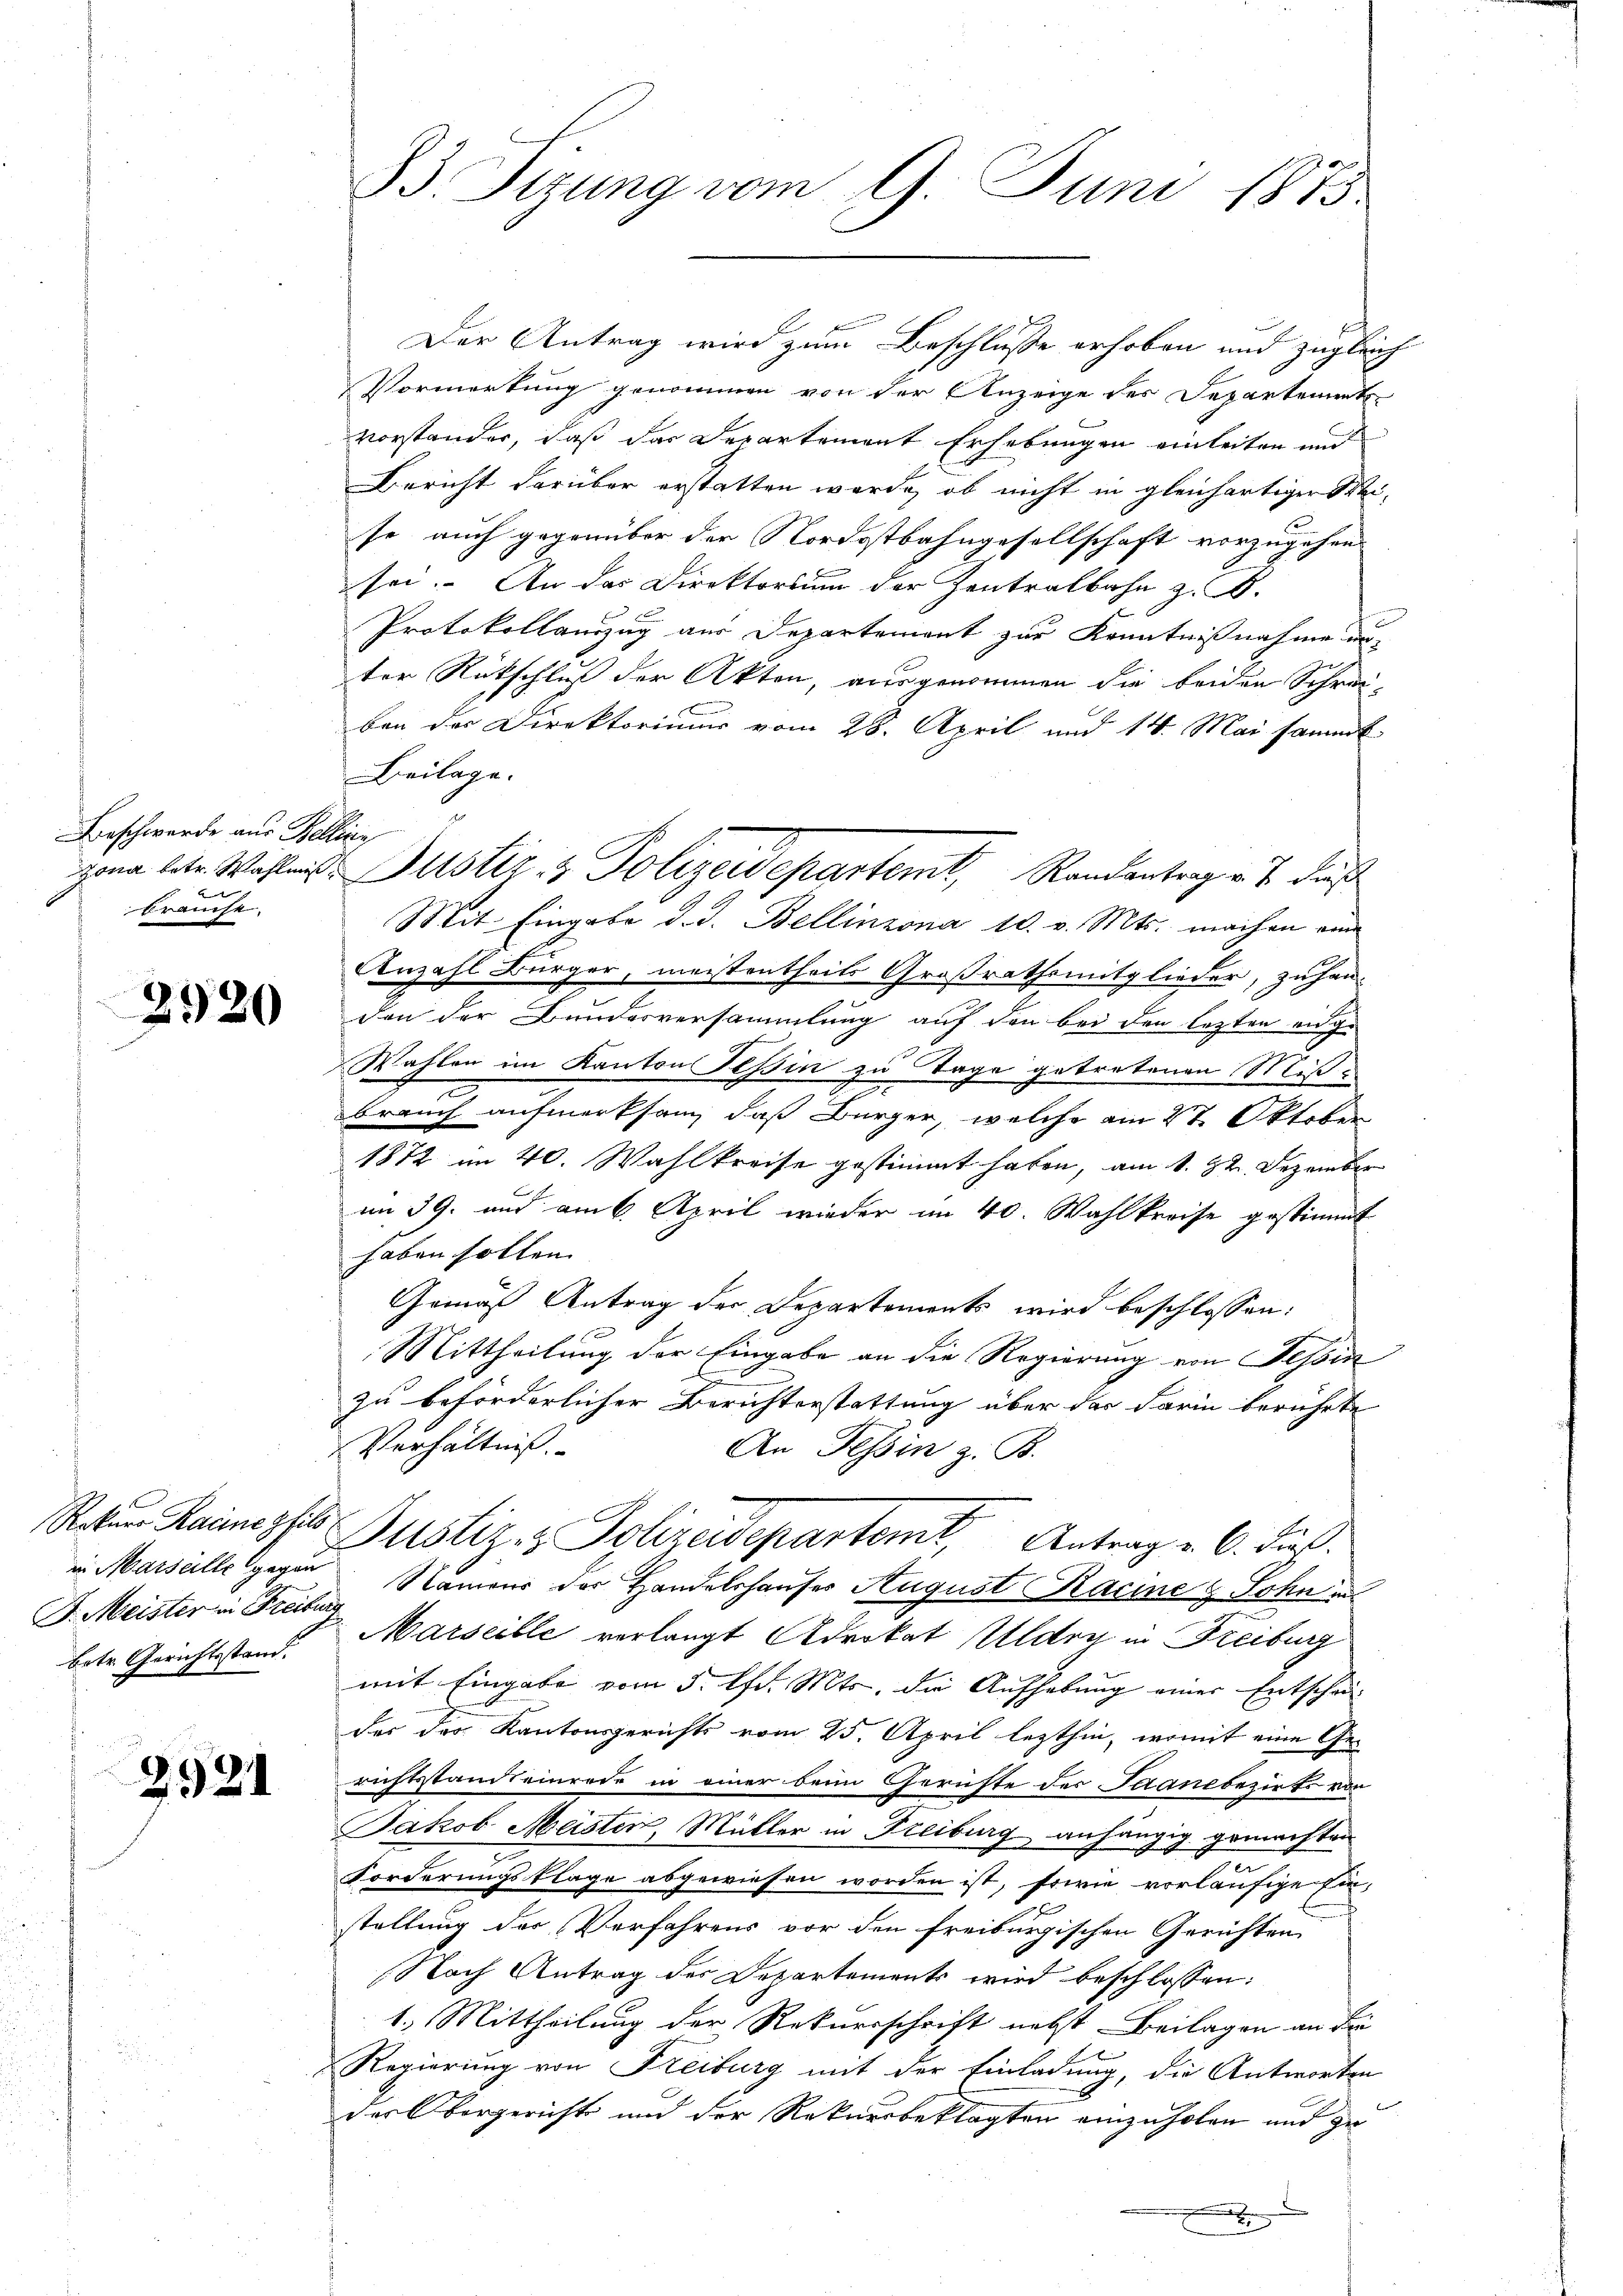
Beschwerde aus Bellinz
f
brauche.

2920

Der Antrag wird zum Beschlusse erhoben und zugleich
Vormerkung genommen von der Anzeige des Departements
vorstander, daß das Departement Erhebungen einleiten und
Bericht darüber erstatten werde, ob nicht in gleichartiger Meise, auch gegenüber der Nordostbahngesellschaft vorzugehen.
F
sei. An das Direktorsum der Zentralbahn z. B.
Protokollauszug aus Departement zur Kenntnißnahme unter Rückschluß der Akten, ausgenommen die beiden Schrei-
ben der Direktoriums vom 28. April und 14. Mai sammt
Beilage.
Mit Eingabe d. d. Bellinzona 10. v. Mts. machen ein
Anzahl Bürger, meistentheils Großrathsmitglieder, zuhane
den der Bundesversammlung auf den bei den lezten enge
Wahlen im Kanton Tessin zu Tage getretenen Mißbrauch aufmerksam, daß Bürger, welche am 27. Oktober
1872 im 40. Wahlkreise gestimmt haben, am 1. 22. Dezember
im 39. und am 6. April wieder im 40. Wahlkreise gestimmt
haben holten.
Gemäß Antrag der Departements wird beschlossen:
Mittheilung der Eingabe an die Regierung von Tessin
zu beförderlicher Berichterstattung über das Farin berührte
Verhältnis. |
An Tessin z. B.
Reten Raineghil Justiz & Polizeidepartem Antrag u. 6. dieß.
in Marseille gegen Namens der Handelshauses August Racine & Sohn a
Marseille verlangt Advokat Ulden in Freiburg
mit Eingabe vom 5. Uhr. Mts. die Aufhebung einer Entschei-
der das Kantonsgerichts vom 25. April lezthin, womit eine Gerichtsstandteinrede in einer beim Gerichte des Saanebezirks von
Jakob Meister, Müller in Freiburg, anhängig gemachten
e
Forderungsklage abgewiesen worden ist, sowie vorläufige Ein-
stellung der Verfahrens vor den freiburgischen Gerichten
Nach Antrag der Departements wird beschlossen:
1.) Mittheilung der Rekurrschrift nebst Beilagen an die
Regierung von Freiburg mit der Einladung, die Antworten
der Obergericht und der Rekursbeklagten einzuholen und zu
2
.

J. Meister in Freiburg
betr. Gerichtsstand.

2921

33. Sizung vom 9. Juni 1875

zona betr. Wahlens Justiz & Polizeidepartemt, Randantrag v. J. daß